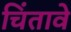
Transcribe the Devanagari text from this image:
चिंतावे